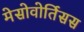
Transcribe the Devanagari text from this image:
मेसोवोर्तिसस